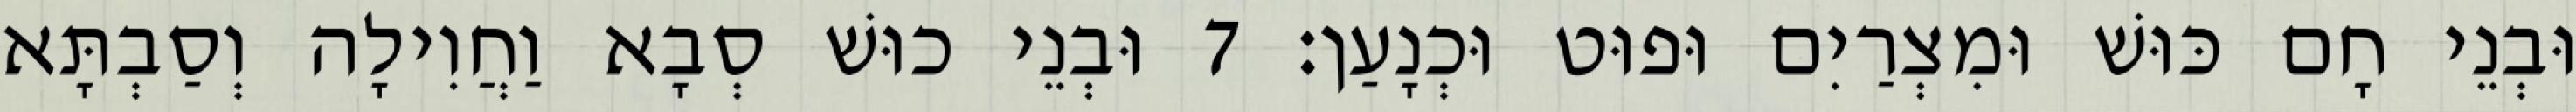
וּבְנֵי חָם כּוּשׁ וּמִצְרַיִם וּפוּט וּכְנָעַן׃ 7 וּבְנֵי כוּשׁ סְבָא וַחֲוִילָה וְסַבְתָּא